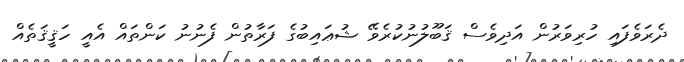
ދެރަވެފައި ހުރިވަރުން އަދިވެސް ޤަބޫލުނުކުރެވޭ ޝުޢައިބުގެ ފަރާތުން ފެނުނު ކަންތައް އެއީ ހަޤީޤަތެއް